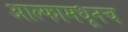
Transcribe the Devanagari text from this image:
आल्फामधूनच